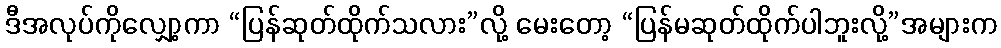
ဒီအလုပ်ကိုလျှော့ကာ “ပြန်ဆုတ်ထိုက်သလား”လို့ မေးတော့ “ပြန်မဆုတ်ထိုက်ပါဘူးလို့”အများက